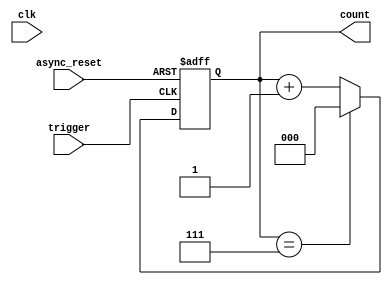
module mod_n_counter #(
    parameter N = 8 // Change this parameter to set the maximum count value (N)
) (
    input wire clk,          // Clock signal (not used in asynchronous design)
    input wire trigger,      // External trigger signal for counting
    input wire async_reset,  // Asynchronous reset signal
    output reg [$clog2(N)-1:0] count // Output count value
);

    // Internal variable to hold the next state
    reg [$clog2(N)-1:0] next_count;

    // Asynchronous reset and counting logic
    always @(posedge trigger or posedge async_reset) begin
        if (async_reset) begin
            count <= 0; // Reset count to 0
        end else begin
            // Increment count and wrap around if it reaches N
            if (count == N-1) begin
                count <= 0; // Wrap around to 0
            end else begin
                count <= count + 1; // Increment count
            end
        end
    end

endmodule